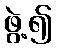
ဖွဲ့၍